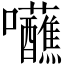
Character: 𡆖